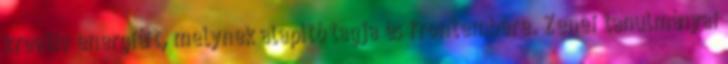
kreatív energiáit, melynek alapító tagja és frontembere. Zenei tanulmányai